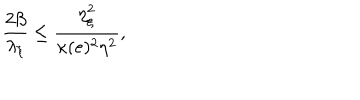
\frac { 2 \beta } { \lambda _ { \xi } } \leq \frac { \eta _ { \xi } ^ { 2 } } { \kappa ( e ) ^ { 2 } \eta ^ { 2 } } ,